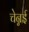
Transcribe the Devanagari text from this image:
चेन्नर्इ